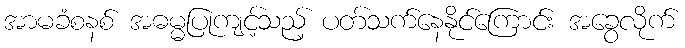
အာမခံစနစ် အဓမ္မပြုကျင့်သည့် ပတ်သက်နေနိုင်ကြောင်း အခွေလိုက်